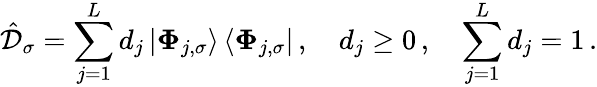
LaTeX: \hat{\mathcal{D}}_{\sigma}=\sum_{j=1}^{L}d_{j}\left|\boldsymbol{\Phi}_{j,\sigma}\right>\left<\boldsymbol{\Phi}_{j,\sigma}\right|\, ,\quad d_{j}\geq 0\, ,\quad\sum_{j=1}^{L}d_{j}=1\, .